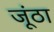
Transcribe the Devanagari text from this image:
जूंठा